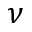
\nu